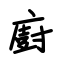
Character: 廚